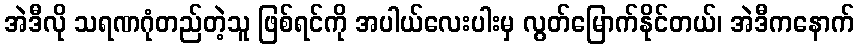
အဲဒီလို သရဏဂုံတည်တဲ့သူ ဖြစ်ရင်ကို အပါယ်လေးပါးမှ လွတ်မြောက်နိုင်တယ်၊ အဲဒီကနောက်